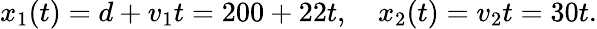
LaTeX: x_{1}(t)=d+v_{1}t=200+22t,\quad x_{2}(t)=v_{2}t=30t.